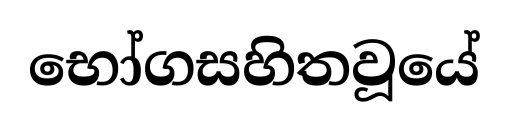
භෝගසහිතවූයේ